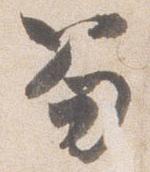
笏